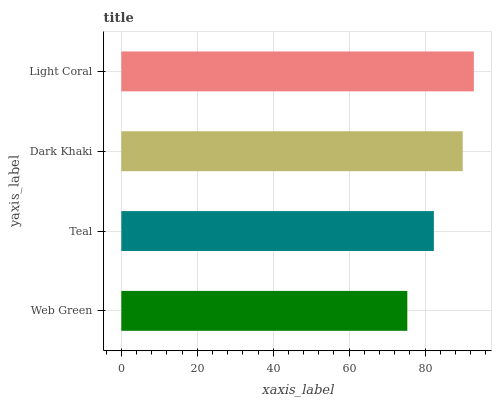
| yaxis_label | bars |
 | --- | --- |
 | Web Green | 75.3 |
 | Teal | 82.3 |
 | Dark Khaki | 89.9 |
 | Light Coral | 92.8 |